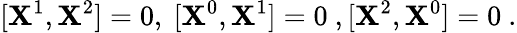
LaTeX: [\mathbf{X}^{1},\mathbf{X}^{2}]=0,\ [\mathbf{X}^{0},\mathbf{X}^{1}]=0\ ,[\mathbf{X}^{2},\mathbf{X}^{0}]=0\ .